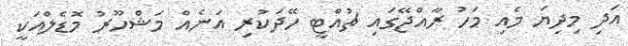
އަދި މިދިޔަ މެއި މަހު ރާއްޖޭގައި ޗުއްޓީ ހޭދަކުރި އަނެއް މަޝްހޫރު މޮޑެލްއަކީ